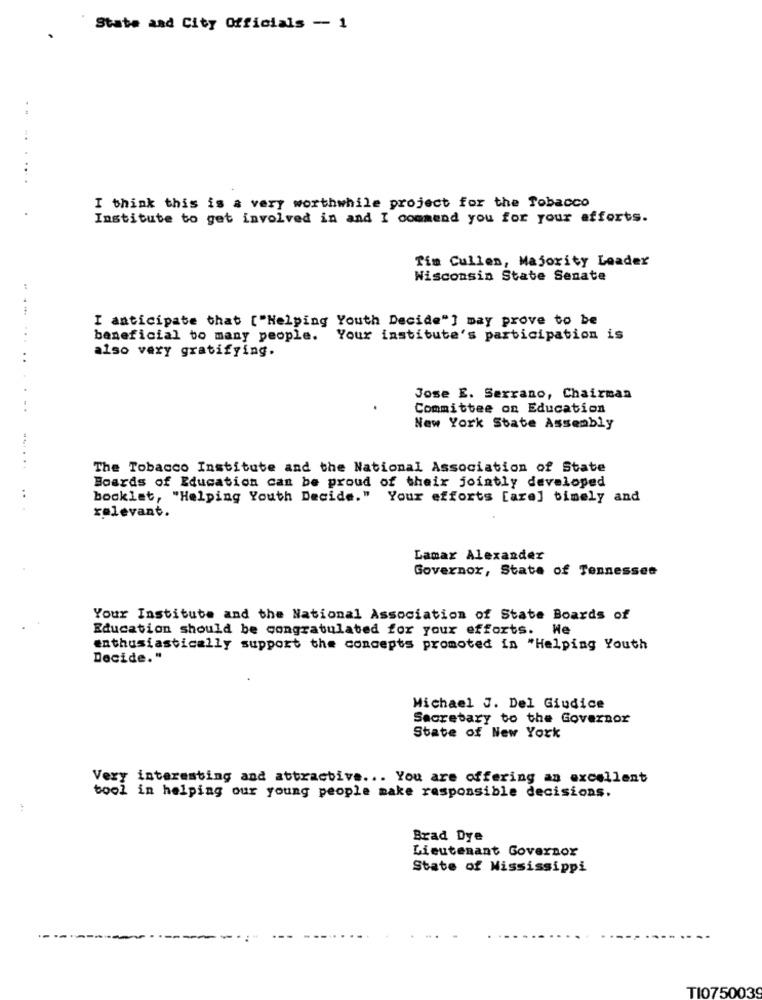
State and City Officials - 1
I think this is a very worthwhile project for the Tobacco
Institute to get involved in and I commend you for your efforts.
Tim Cullen, Majority Leader
Wisconsin State Senate
:
I anticipate that ["Helping Youth Decide"] may prove to be
...
beneficial to many people. Your institute's participation is
also very gratifying.
..
Jose E. Serrano, Chairman
..
Committee on Education
New York State Assembly
The Tobacco Institute and the National Association of State
Boards of Education can be proud of their jointly developed
..
booklet, "Helping Youth Decide." Your efforts [are] bimely and
relevant.
Lamar Alexander
Governor, State of Tennessee
Your Institute and the National Association of State Boards of
Education should be congratulated for your efforts. We
enthusiastically support the concepts promoted in "Helping Youth
Decide."
Michael J. Del Giudice
Secretary to the Governor
State of New York
Very interesting and attractive ... You are offering an excellent
bool in helping our young people make responsible decisions.
Brad Dye
Lieutenant Governor
State of Mississippi
TI075003